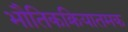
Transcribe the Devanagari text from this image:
भौतिकक्रियातमक